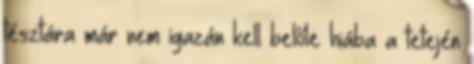
tésztára már nem igazán kell belőle hiába a tetején